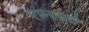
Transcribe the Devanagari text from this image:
एफएमपी